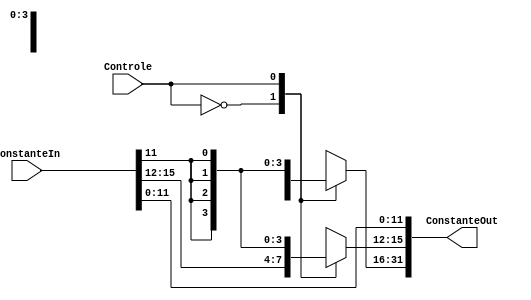
module Extensor(Controle, ConstanteIn, ConstanteOut);

	input Controle; 
	input [15:0] ConstanteIn;
	output reg [31:0] ConstanteOut; 
	
	
	always @(Controle or ConstanteIn)	begin	// Mudanca
		case(Controle)
			1'b0: begin  							// loadlit, lcl e lch
				ConstanteOut[31:16] =  {16{ConstanteIn[15]}};
				ConstanteOut[15:0] = ConstanteIn[15:0];
			end
			
			1'b1: begin 							// jump
				ConstanteOut[31:12] =  {20{ConstanteIn[11]}};
				ConstanteOut[11:0] = ConstanteIn[11:0];
			end 
			
		endcase
	end
endmodule